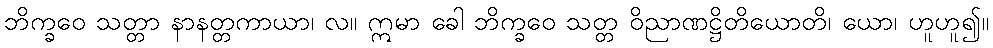
ဘိက္ခဝေ သတ္တာ နာနတ္တကာယာ၊ လ။ ဣမာ ခေါ ဘိက္ခဝေ သတ္တ ဝိညာဏဋ္ဌိတိယောတိ၊ ယော၊ ဟူဟူ၍။